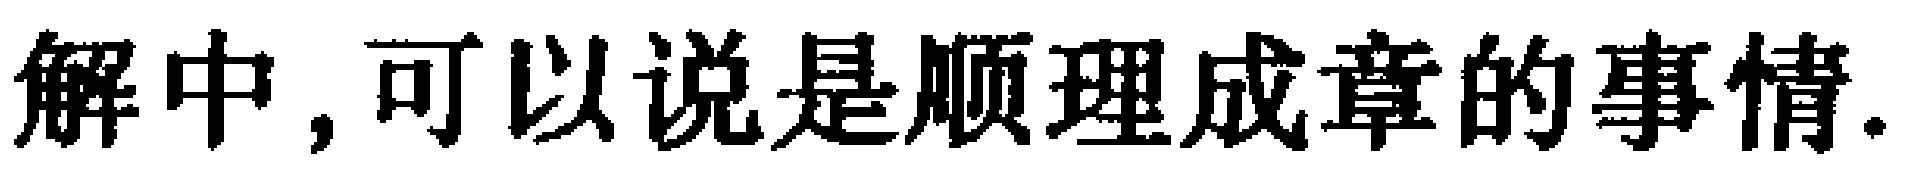
解中, 可以说是顺理成章的事情.